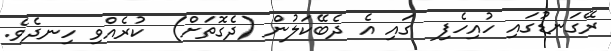
ރޭގަނޑުގައި ހުއިހެފި  ގައި އެ ދެބޭކަލުން (ދެގޮތަށް)  ކުރެއްވި ހިނދެވެ.